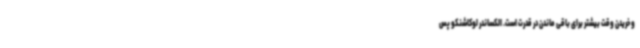
و خریدن وقت بیشتر برای باقی ماندن در قدرت است. الکساندر لوکاشنکو پس